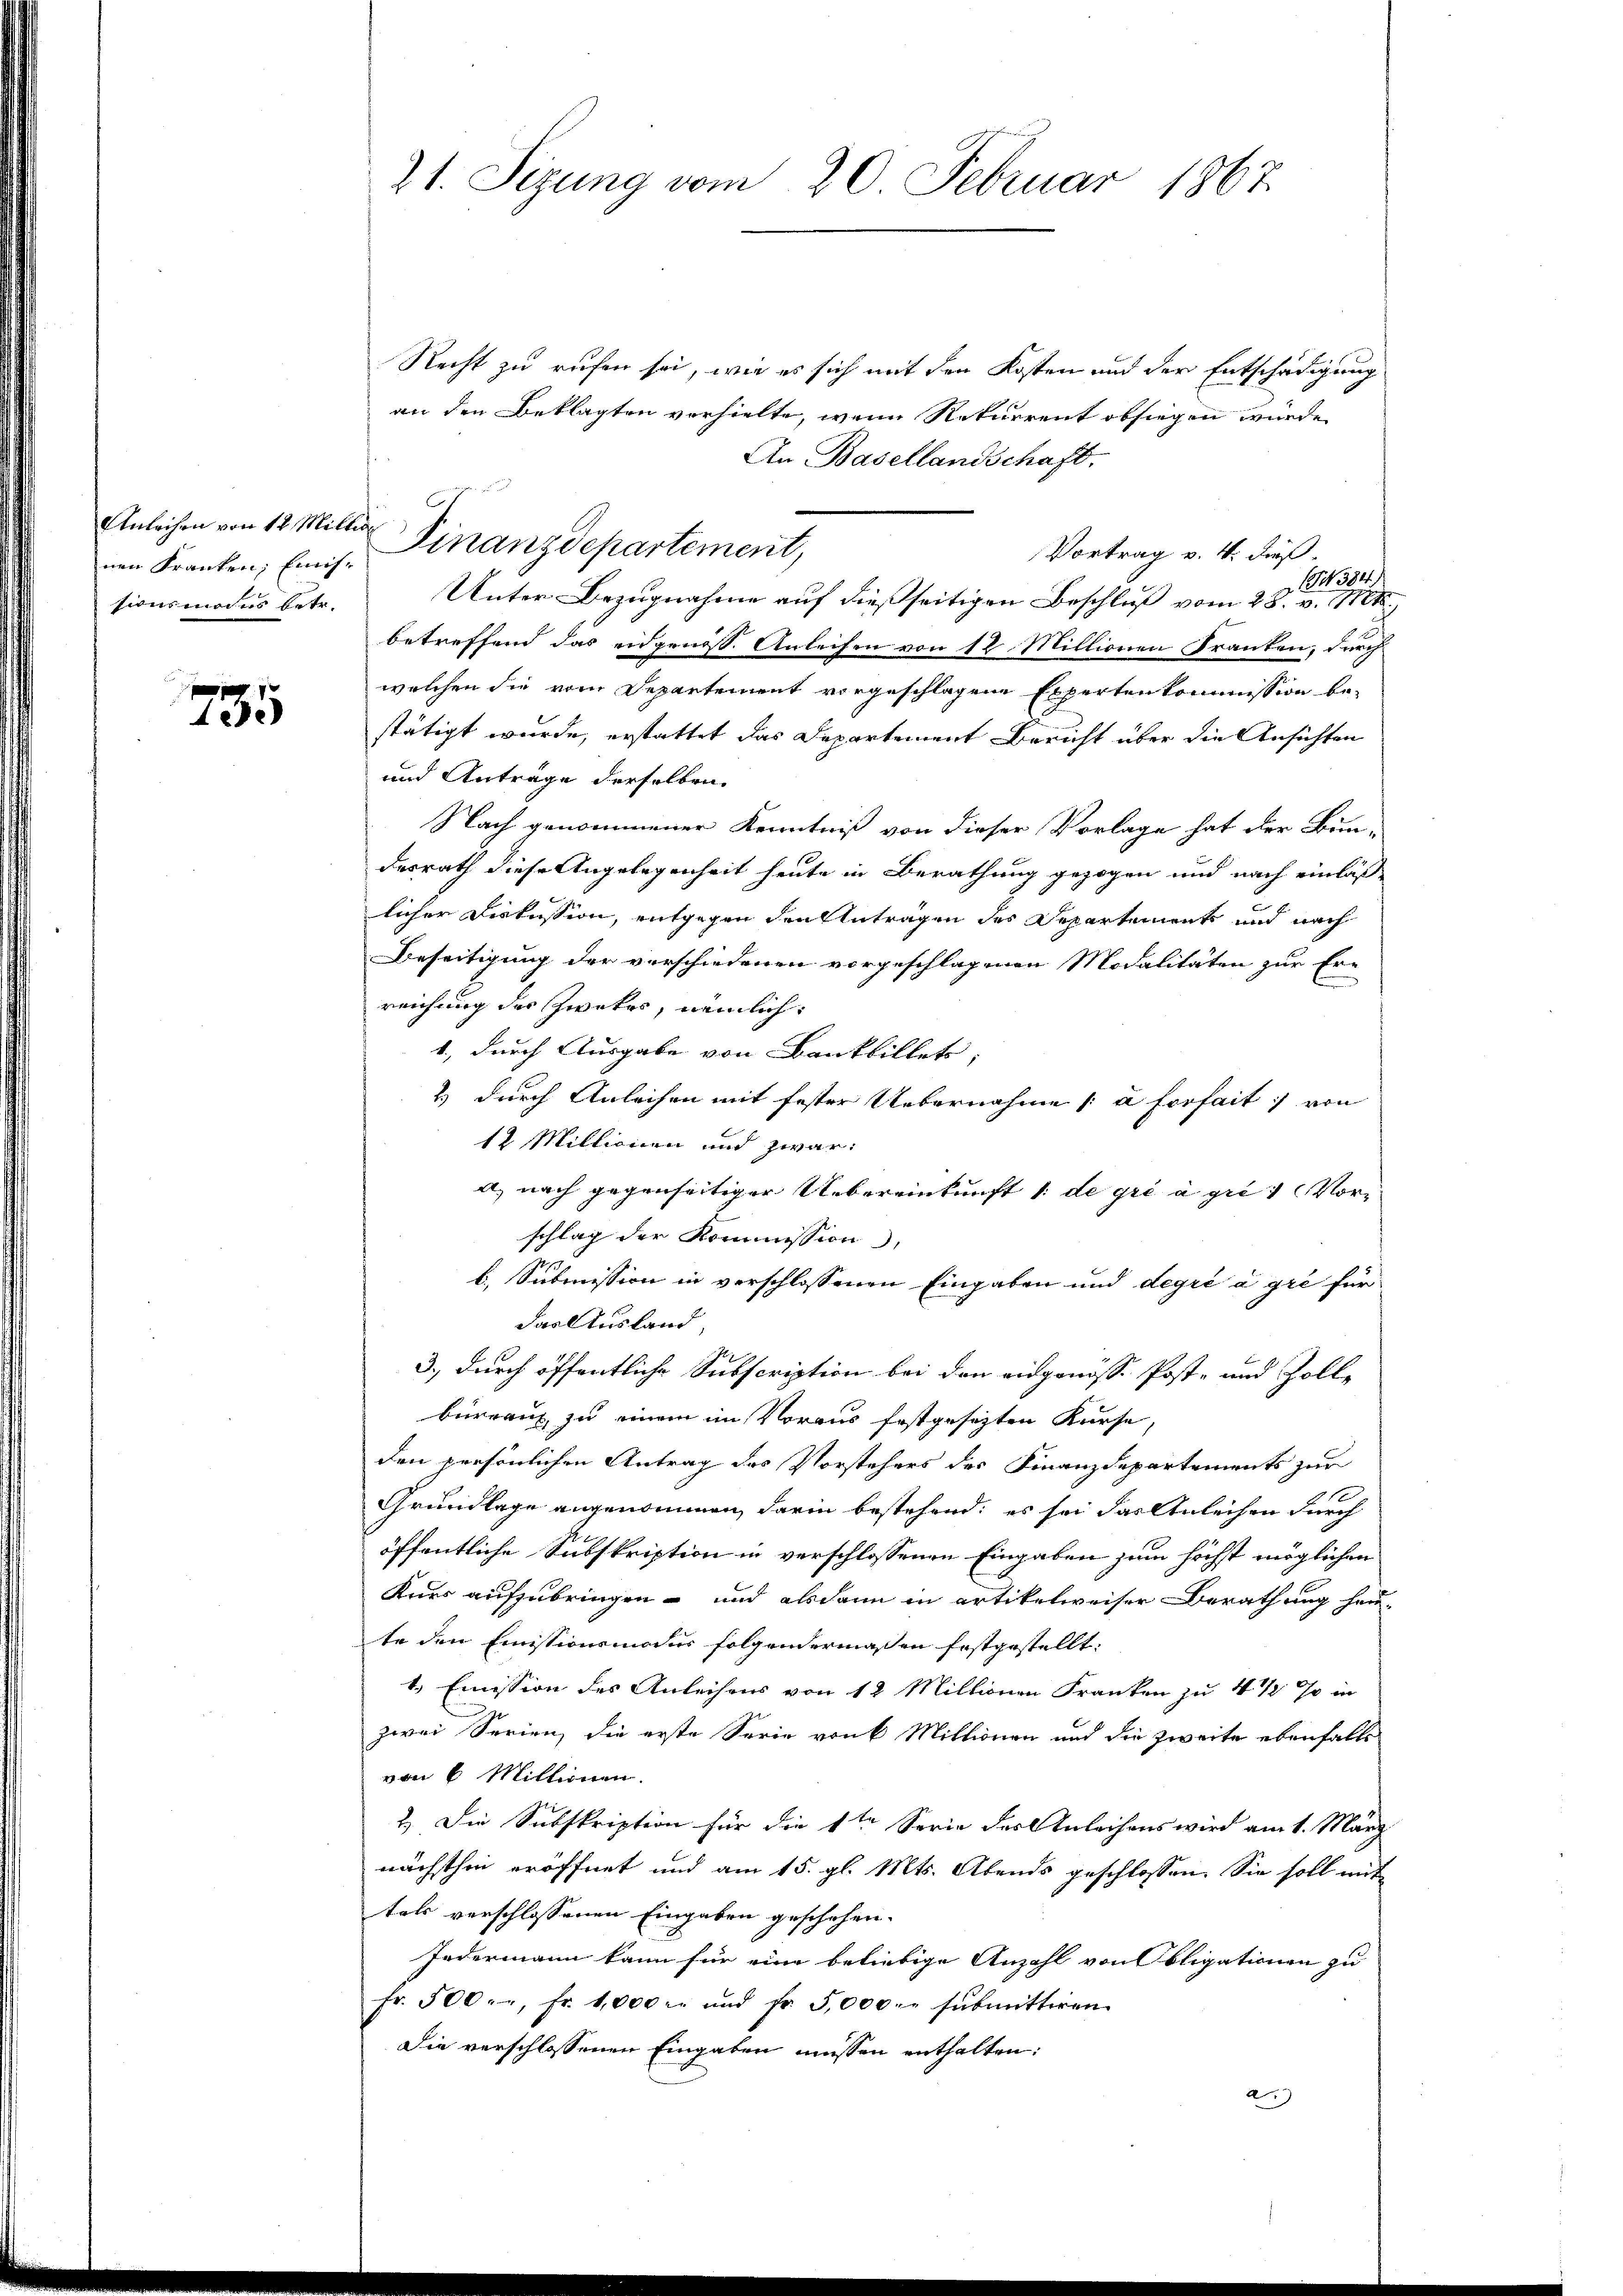
nen Kranken; Einissionsmodus betr.

735

Recht zu rufen sei, wie es sich mit den Kosten und der Entschädigung
an den Beklagten verhielte, wenn Rekurrent obsiegen würde,
An Basellandschaft.
Vortrag v. 4. dieß.
4384)
Unter Bezugnahme auf dießseitigen Beschluß vom 28. v. M.
betreffend das eidgenöss. Anleihen von 12 Millionen Franken, durch
welchen die vom Departement vorgeschlagene Expertenkommission be-
stätigt wurde, erstattet das Departement Bericht über die Ansichten
und Anträge derselben
Nach genommener Kenntniß von dieser Vorlage hat der Bun-
desrath diese Angelegenheit heute in Berathung gezogen und nach einläß
licher Diskussion, entgegen den Antragen des Departements und nach
Beseitigung der verschiedenen vorgeschlagenen Modalitäten zur Er-
reichung des Zwekes, nämlich
1., durch Ausgabe von Bankbillets,
2) durch Anleihen mit fester Uebernahme a forfait von
12 Millionen und zwar:
a) nach gegenseitiger Uebereinkunft 1 de gré à pres Vorschlag der Kommission,
b. Submission in verschlossenen Eingaben und degré à gré für
das Ausland,
3., durch öffentliche Subscription bei den eidgenösse Post- und Zolle
bureau zu einem im Voraus festgesezten Kurse,
den persönlichen Antrag des Vorstehers des Finanzdepartements zur
1
Grundlage angenommen, darin bestehend; es sei das Anleihen durch
öffentliche Subskription in verschlossenen Eingaben zum höchst möglichen
Kurs aufzubringen – und alsdann in artikelweiser Berathung heu-
te den Emissionsmodus folgendermaßen festgestellt:
t. Emission des Anleihens von 12 Millionen Franken zu 4 ½ % in
zwei Serien, die erste Serie von Mittinen und die zweite ebenfalls
von 6 Millionen.
2.) Die Subskription für die 1ten Serie des Anleihens wird am 1. März
nächsthin eröffnet und am 15. gl. Mts. Abends geschlossen. Sie soll mit
tals verschlossenen Eingaben geschehen. |
Jedermann kann für eine beliebige Anzahl von Obligationen zu
fr. 500. fr. 1,000 l. und fr 5,000. u submittiren.
Die verschlossenen Eingaben müssen enthalten:
a

21. Sizung vom 20. Februar 1867

Anleichen von 12 Millig Finanzdepartement,